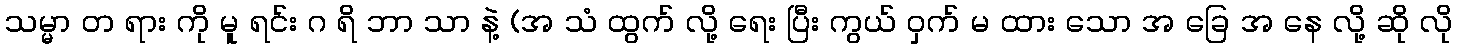
သမ္မာ တ ရား ကို မူ ရင်း ဂ ရိ ဘာ သာ နဲ့ (အ သံ ထွက် လို့ ရေး ပြီး ကွယ် ဝှက် မ ထား သော အ ခြေ အ နေ လို့ ဆို လို